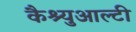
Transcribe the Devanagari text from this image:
कैश्युआल्टी